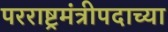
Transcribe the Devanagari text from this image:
परराष्ट्रमंत्रीपदाच्या